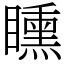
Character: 矄